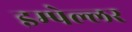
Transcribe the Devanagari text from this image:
इम्पेल्लर